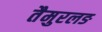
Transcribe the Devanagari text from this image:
तैमुरलङ